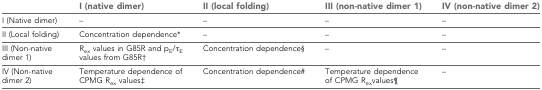
<table><thead><tr><td></td><td><b>I (native dimer)</b></td><td><b>II (local folding)</b></td><td><b>III (non-native dimer 1)</b></td><td><b>IV (non-native dimer 2)</b></td></tr></thead><tbody><tr><td>I (Native dimer)</td><td>–</td><td>–</td><td>–</td><td>–</td></tr><tr><td>II (Local folding)</td><td>Concentration dependence*</td><td>–</td><td>–</td><td>–</td></tr><tr><td>III (Non-native dimer 1)</td><td>R<sub>ex</sub> values in G85R and p<sub>E</sub>/τ<sub>E</sub> values from G85R†</td><td>Concentration dependence§</td><td>–</td><td>–</td></tr><tr><td>IV (Non-native dimer 2)</td><td>Temperature dependence of CPMG R<sub>ex</sub> values‡</td><td>Concentration dependence#</td><td>Temperature dependence of CPMG R<sub>ex</sub>values¶</td><td>–</td></tr></tbody></table>